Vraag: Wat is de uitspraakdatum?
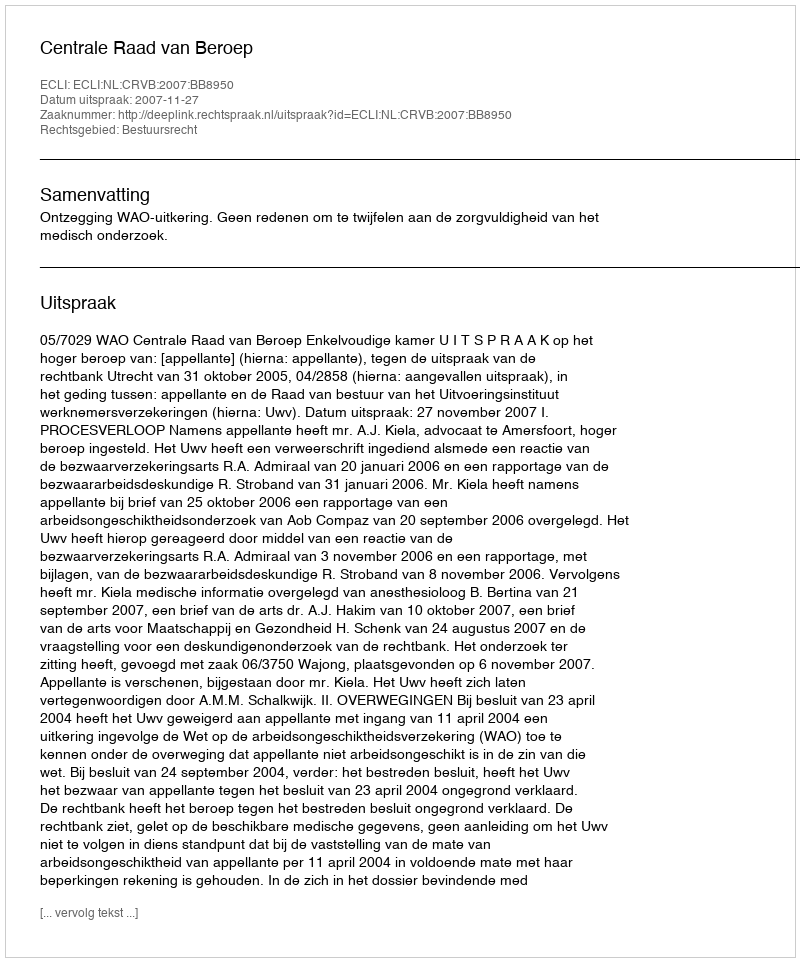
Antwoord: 2007-11-27